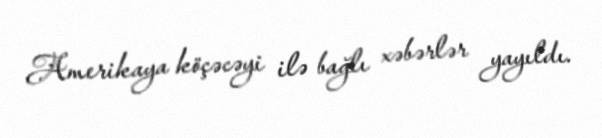
Amerikaya köçəcəyi ilə bağlı xəbərlər yayıldı.